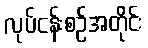
လုပ်ငန်းစဉ်အတိုင်း